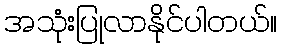
အသုံးပြုလာနိုင်ပါတယ်။